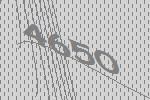
4650